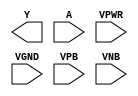
module sky130_fd_sc_hvl__inv (
    Y   ,
    A   ,
    VPWR,
    VGND,
    VPB ,
    VNB
);

    output Y   ;
    input  A   ;
    input  VPWR;
    input  VGND;
    input  VPB ;
    input  VNB ;
endmodule